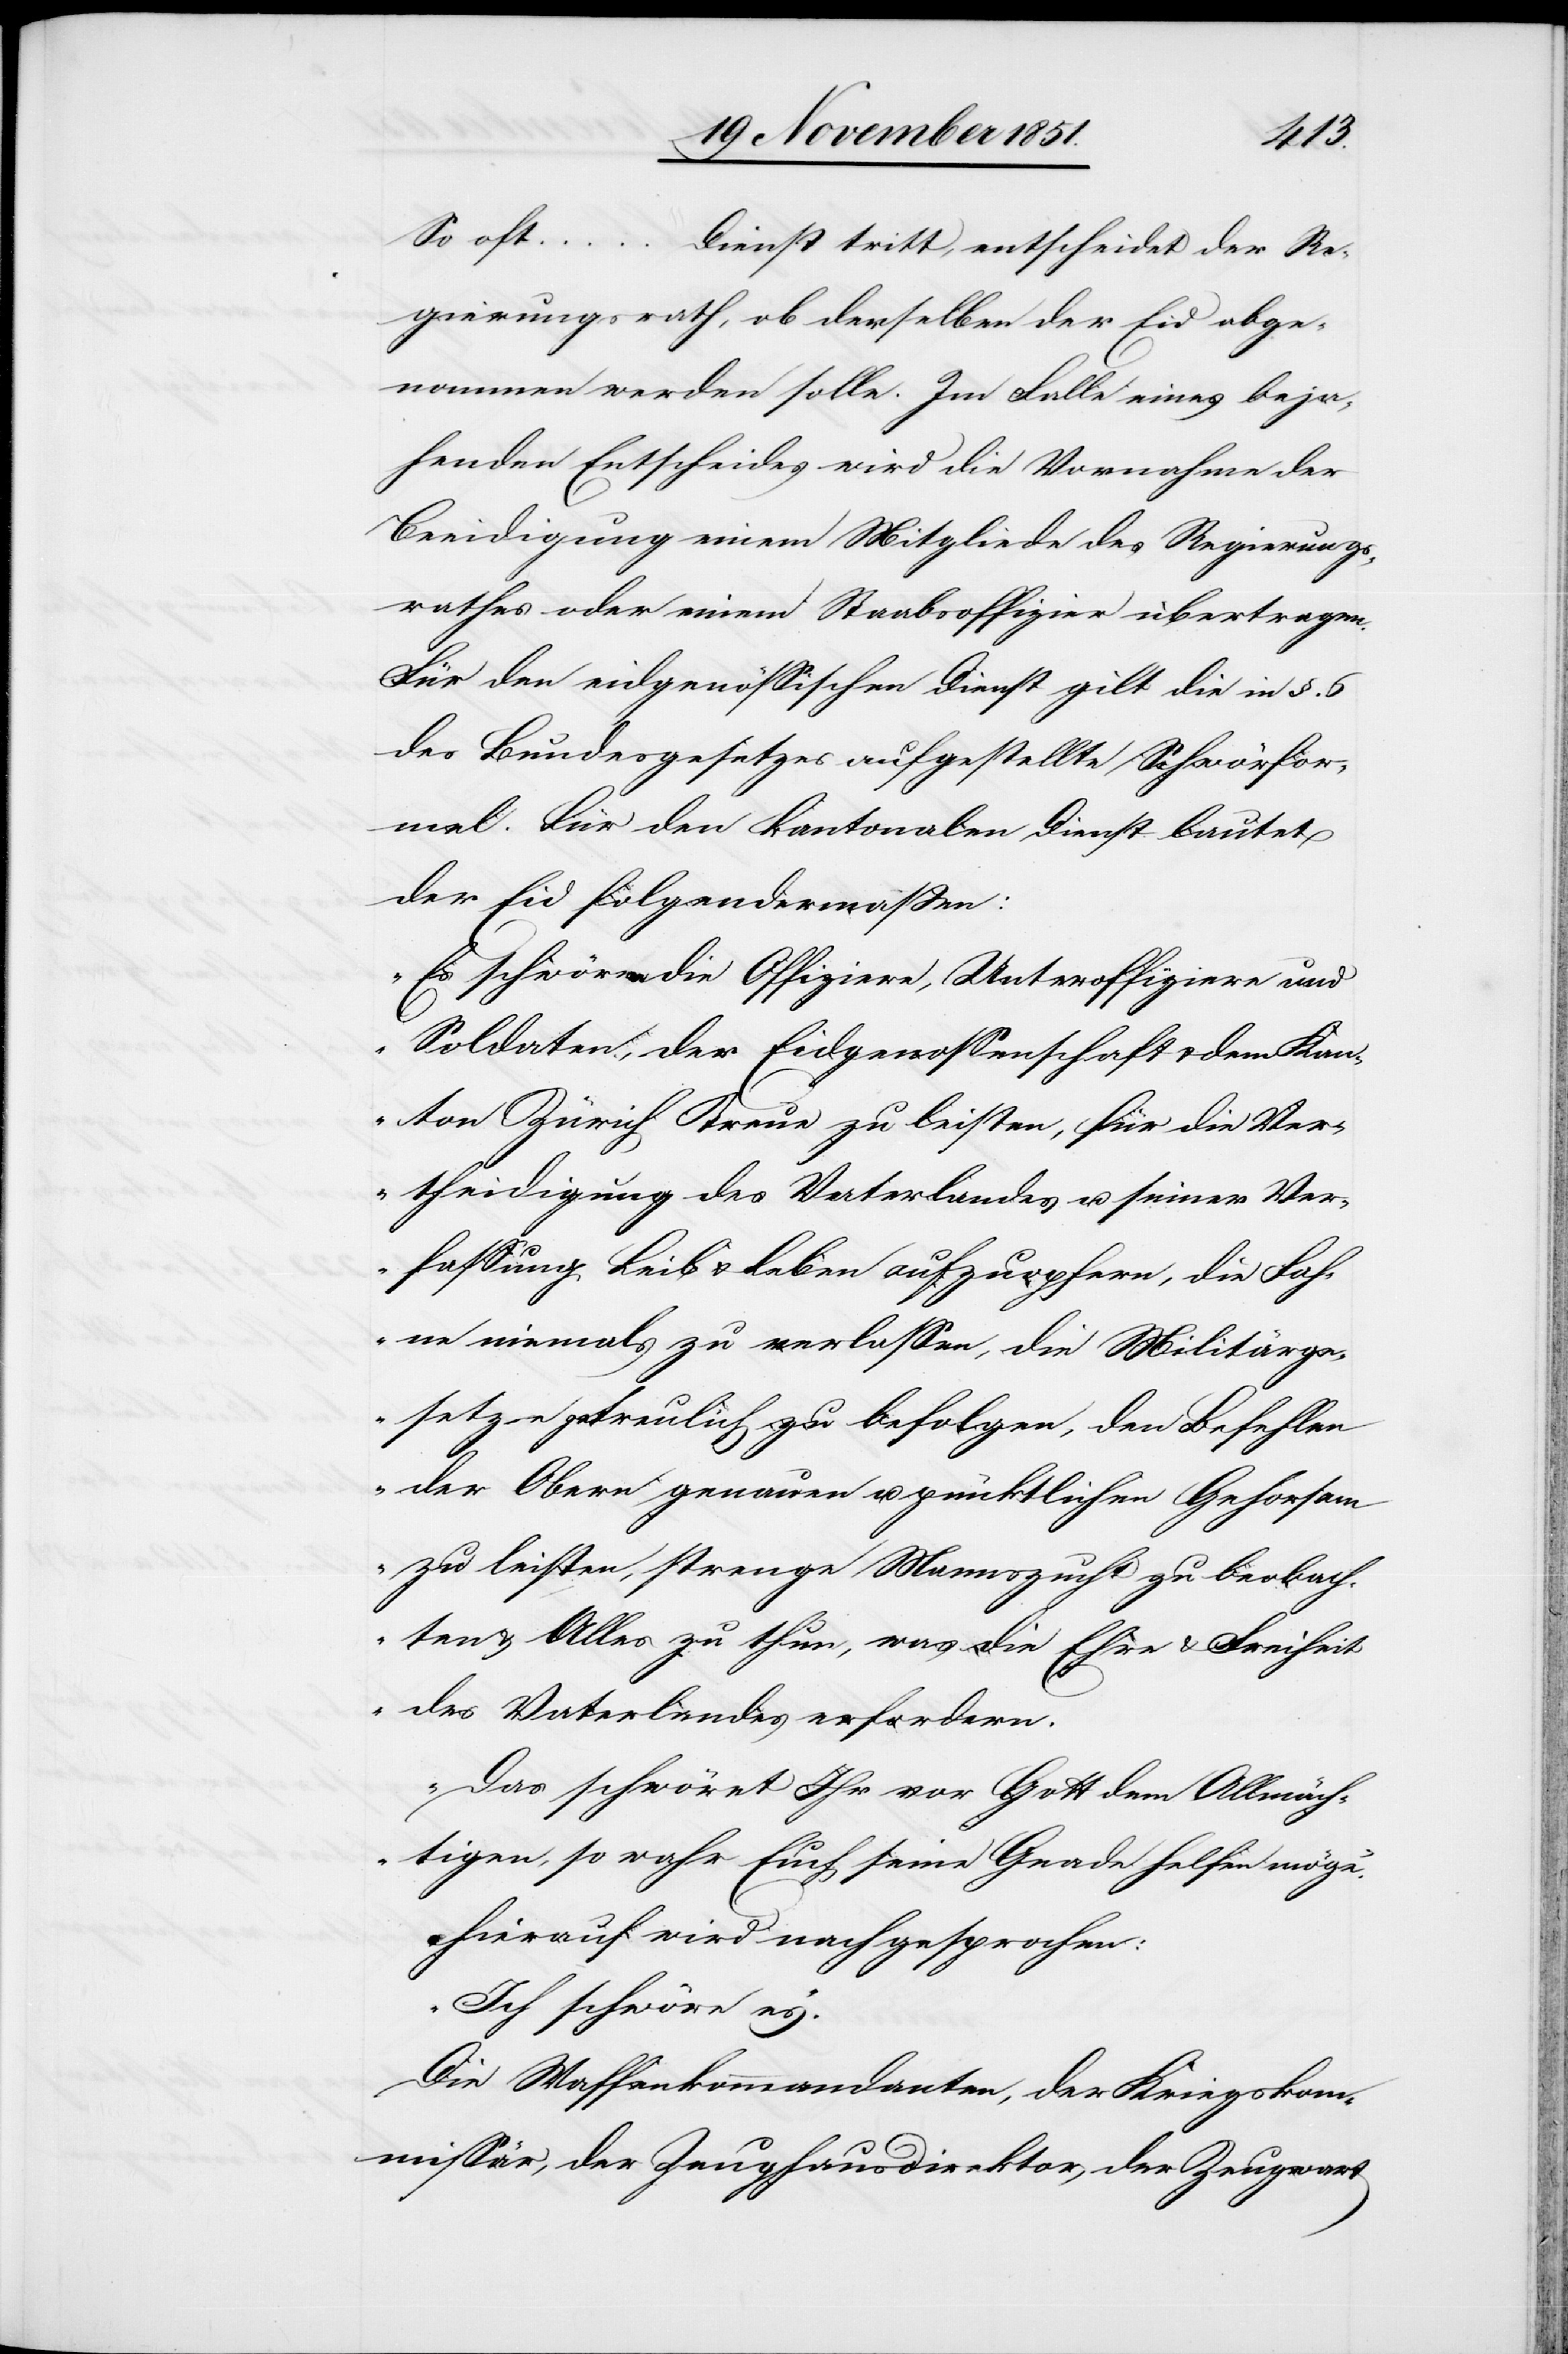
So oft … Dienst tritt, entscheidet der Re¬
gierungsrath, ob derselben der Eid abge¬
nommen werden solle. Im Falle eines beja¬
henden Entscheides wird die Vornahme der
Beeidigung einem Mitgliede des Regierungs¬
rathes oder einem Staabsoffizier übertragen.
Für den eidgenössischen Dienst gilt die in §. 6
des Bundesgesetzes aufgestellte Schwörfor¬
mel. Für den kantonalen Dienst lautet
der Eid folgendermaßen:
„Es schwören die Offiziere, Unteroffiziere und
Soldaten, der Eidgenossenschaft & dem Kan¬
ton Zürich Treue zu leisten, für die Ver¬
theidigung des Vaterlandes u. seiner Ver¬
fassung Leib & Leben aufzuopfern, die Fah¬
ne niemals zu verlassen, die Militärge¬
setze getreulich zu befolgen, den Befehlen
der Obern genauen u. pünktlichen Gehorsam
zu leisten, strenge Mannszucht zu beobach¬
ten & Alles zu thun, was die Ehre & Freiheit
des Vaterlandes erfordern.
Das schwöret Ihr vor Gott dem Allmäch¬
tigen, so wahr Euch seine Gnade helfen möge.“
Hierauf wird nachgesprochen:
„Ich schwöre es.“
Die Waffenkommandanten, der Kriegsko¬
mmissär, der Zeughausdirektor, der Zeugwart